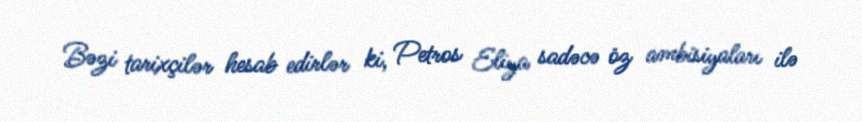
Bəzi tarixçilər hesab edirlər ki, Petros Eliya sadəcə öz ambisiyaları ilə